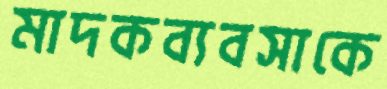
মাদকব্যবসাকে